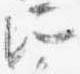
所